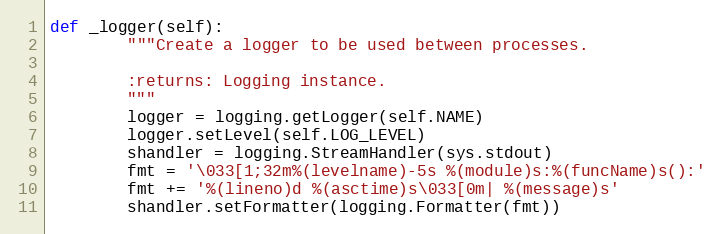
Language: Python
def _logger(self):
        """Create a logger to be used between processes.

        :returns: Logging instance.
        """
        logger = logging.getLogger(self.NAME)
        logger.setLevel(self.LOG_LEVEL)
        shandler = logging.StreamHandler(sys.stdout)
        fmt = '\033[1;32m%(levelname)-5s %(module)s:%(funcName)s():'
        fmt += '%(lineno)d %(asctime)s\033[0m| %(message)s'
        shandler.setFormatter(logging.Formatter(fmt))